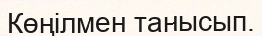
Көңiлмен танысып.